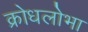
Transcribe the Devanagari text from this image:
क्रोधलोभा